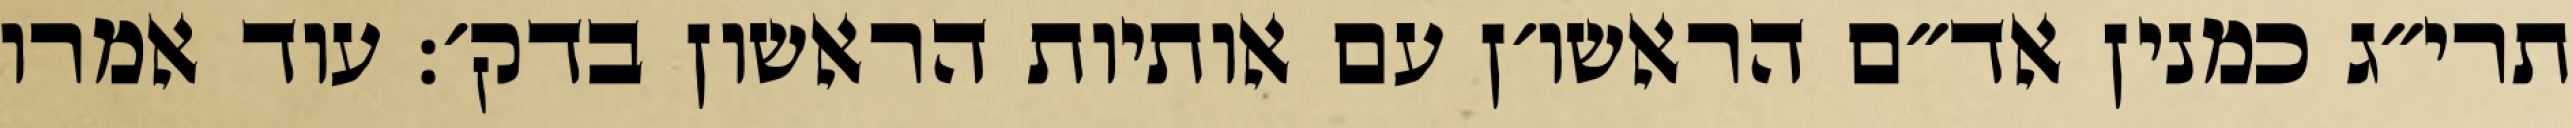
תרי״ג כמנין אד״ם הראשו׳ן עם אותיות הראשון בדק׳: עוד אמרו